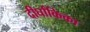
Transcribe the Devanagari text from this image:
दीर्घांकिका